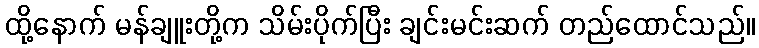
ထို့နောက် မန်ချူးတို့က သိမ်းပိုက်ပြီး ချင်းမင်းဆက် တည်ထောင်သည်။